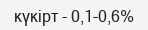
күкірт - 0,1-0,6%